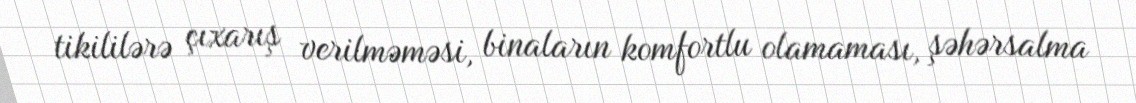
tikililərə çıxarış verilməməsi, binaların komfortlu olamaması, şəhərsalma